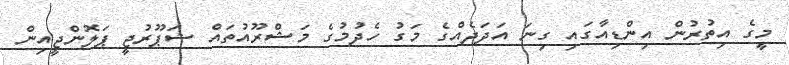
މީގެ އިތުރުން އިންޑިއާގައި ގިނަ އަދަދެއްގެ މަގު ހެދުމުގެ މަޝްރޫއުތައް ޝަޕޫރުޖީ ޕަލޮންޖީއިން